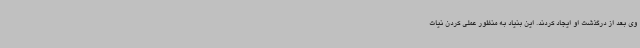
وی بعد از درگذشت او ایجاد کردند. این بنیاد به منظور عملی کردن نیات